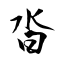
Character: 沓